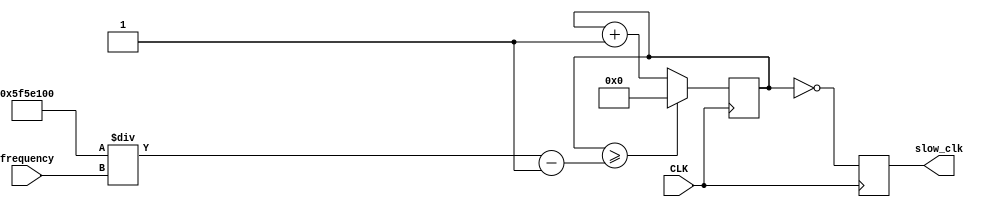
`timescale 1ns / 1ps
//////////////////////////////////////////////////////////////////////////////////
// Company: 
// Engineer: 
// 
// Design Name: 
// Module Name: clock_divider
// Project Name: 
// Target Devices: 
// Tool Versions: 
// Description: 
// 
// Dependencies: 
// 
// Revision:
// Revision 0.01 - File Created
// Additional Comments:
// 
//////////////////////////////////////////////////////////////////////////////////


module clock_divider(
    input CLK,
    input [31:0] frequency,
    output reg slow_clk = 0
    );
    wire [31:0] div;
    wire [31:0] newdiv;
    assign div = (100000000 / frequency ) - 1;
    
    reg [31:0] COUNT = 32'd0;
    
    always @ (posedge CLK) begin
        COUNT <= ((COUNT >= div) ? 32'd0 : COUNT + 1);
        slow_clk <= COUNT == 0;
    end
endmodule